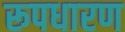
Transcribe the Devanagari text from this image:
रूपधारण